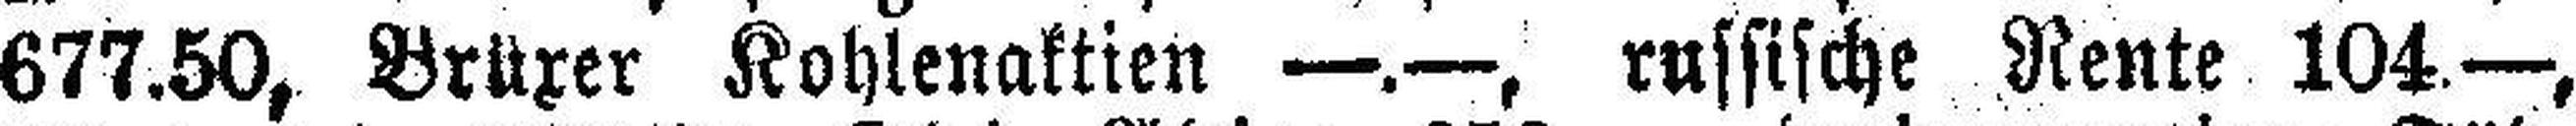
677.50, Brüxer Kohlenaktien —.—, russische Rente 104.—,